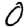
Digit: 0